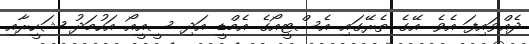
ދެއްވައިފަ އެވެ. އޭގެ ތެރޭގައި އެސްޓީއޯގެ އެމްޑީ އަދި ސީއީއޯ އަހުމަދު ޝަހީރާއި